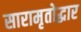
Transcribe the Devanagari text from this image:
सारामृतोद्धार